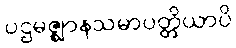
ပဌမဇ္ဈာနသမာပတ္တိယာပိ